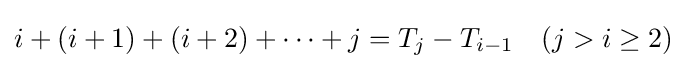
i+(i+1)+(i+2)+\cdots +j=T_{j}-T_{i-1}\quad (j>i\geq 2)